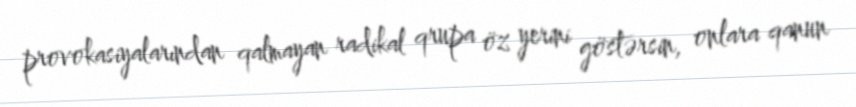
provokasiyalarından qalmayan radikal qrupa öz yerini göstərsin, onlara qanun